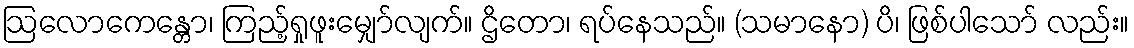
ဩလောကေန္တော၊ ကြည့်ရှုဖူးမျှော်လျက်။ ဌိတော၊ ရပ်နေသည်။ (သမာနော) ပိ၊ ဖြစ်ပါသော် လည်း။